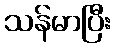
သန်မာပြီး